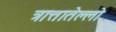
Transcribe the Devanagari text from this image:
त्रात्तातेल्लो